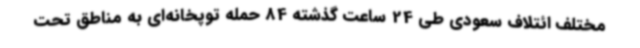
مختلف ائتلاف سعودی طی 24 ساعت گذشته 84 حمله توپخانه‌ای به مناطق تحت